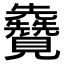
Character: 𫌦